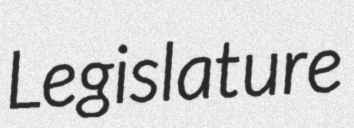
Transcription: Legislature